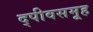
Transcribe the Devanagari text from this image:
द्पीवसमूह